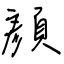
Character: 顏